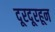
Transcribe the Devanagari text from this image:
दूरदूरहून